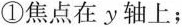
①焦点在y轴上；